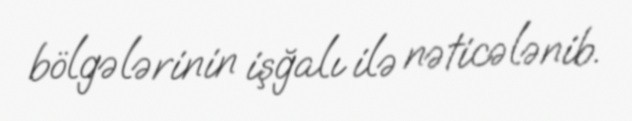
bölgələrinin işğalı ilə nəticələnib.